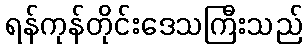
ရန်ကုန်တိုင်းဒေသကြီးသည်